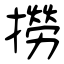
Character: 撈